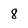
Character: 8